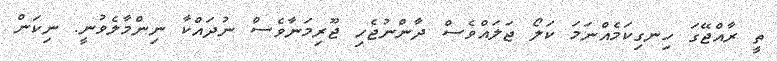
ތީ ރާއްޖޭގަ ހިނގިކަމެއްނަމަ ކަލޯ ޖަލައްވެސް ދާންނުޖެހި ޖޫރިމަނާވެސް ނުދައްކާ ނިންމާލެވުނީ. ނިކަން